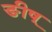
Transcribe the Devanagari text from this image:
ङीष्